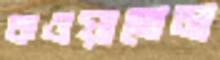
কওয়াতেম